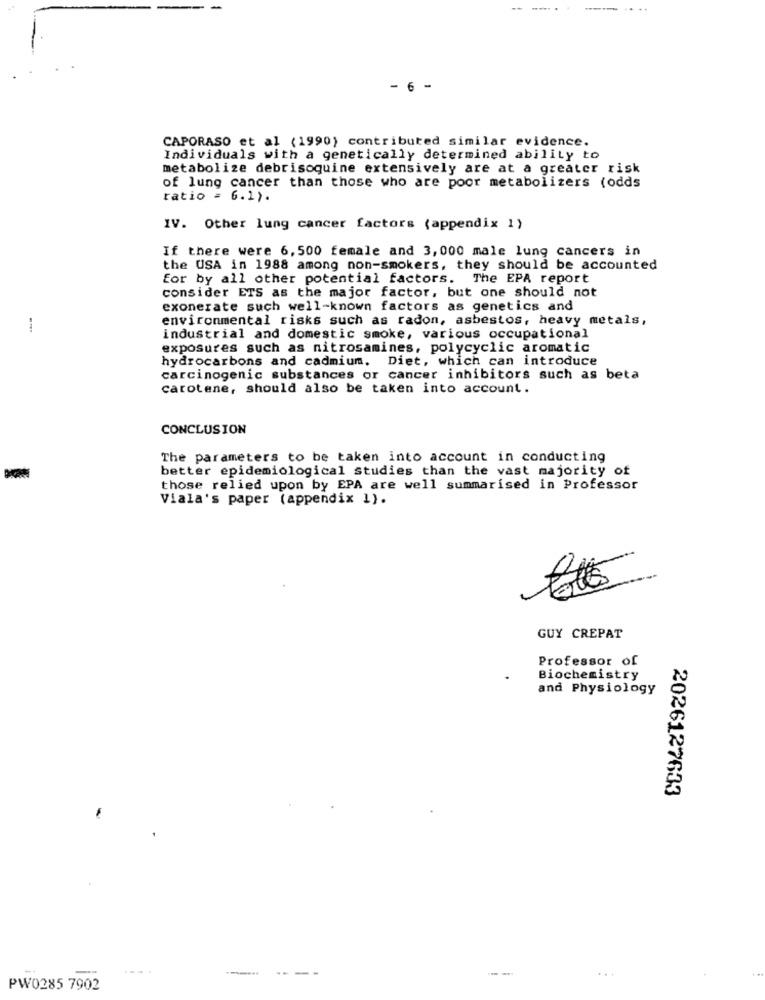
----.
- 6 -
CAPORASO et al (1990) contributed similar evidence.
Individuals with a genetically determined ability to
metabolize debrisoquine extensively are at a greater risk
of lung cancer than those who are poor metabolizers (odds
ratio = 6.1).
IV. Other lung cancer factors (appendix 1)
If there were 6, 500 female and 3, 000 male lung cancers in
the USA in 1988 among non-smokers, they should be accounted
for by all other potential factors. The EPA report
consider ETS as the major factor, but one should not
exonerate such well-known factors as genetics and
environmental risks such as radon, asbestos, heavy metals,
--
industrial and domestic smoke, various occupational
exposures such as nitrosamines, polycyclic aromatic
hydrocarbons and cadmium. Diet, which can introduce
carcinogenic substances or cancer inhibitors such as beta
carotene, should also be taken into account.
CONCLUSION
The parameters to be taken into account in conducting
better epidemiological studies than the vast majority of
those relied upon by EPA are well summarised in Professor
Viala's paper (appendix 1).
GUY CREPAT
Professor of
Biochemistry
and Physiology
2026127633
---
PW0285 7902